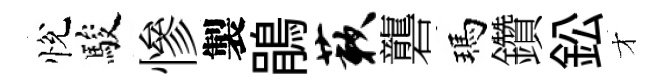
悅駿慘製鵑蔌礱瑪鑽鈆才